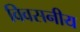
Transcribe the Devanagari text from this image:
विवसनीय